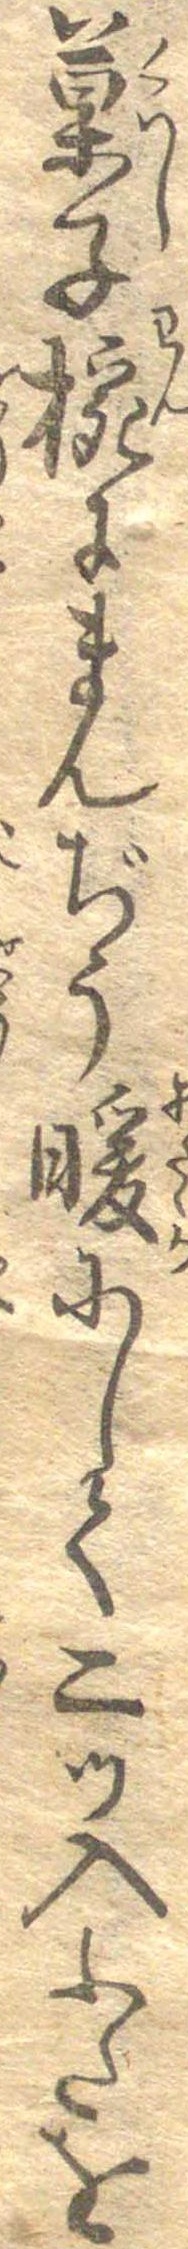
菓子椀にまんぢう暖にして二つ入ふたを